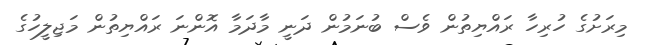
މިރަށުގެ ހުރިހާ ރައްޔިތުން ވެސް ބުނަމުން ދަނީ މާދަމާ އޮންނަ ރައްޔިތުން މަޖިލީހުގެ